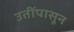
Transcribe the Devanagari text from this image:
उतींपासून